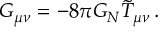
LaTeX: G _ { \mu \nu } = - 8 \pi G _ { N } \tilde { T } _ { \mu \nu } \, .